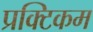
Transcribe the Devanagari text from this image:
प्रक्टिकम